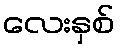
လေးနှစ်